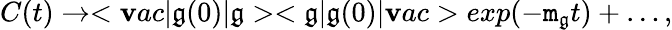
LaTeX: C(t)\rightarrow<\mathbf{v}ac|\mathfrak{g}(0)|\mathfrak{g}><\mathfrak{g}|\mathfrak{g}(0)|\mathbf{v}ac>exp(-\mathtt{m}_{\mathfrak{g}}t)+\ldots,